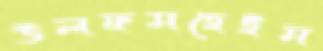
উলফসহেইম